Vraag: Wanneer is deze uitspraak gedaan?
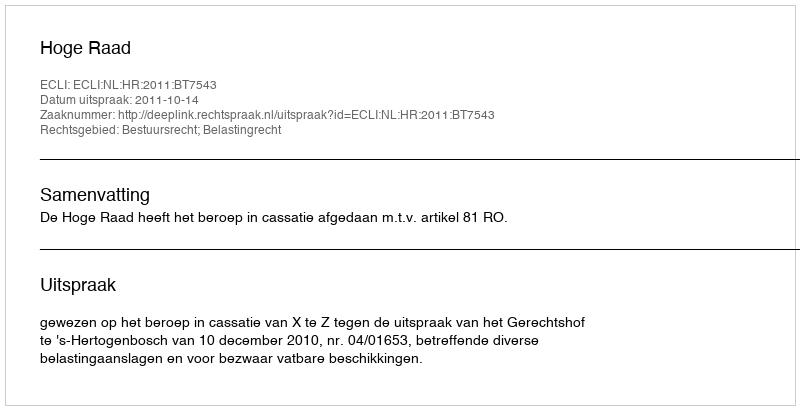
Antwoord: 2011-10-14